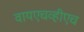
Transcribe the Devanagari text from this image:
वायएचव्हीएच